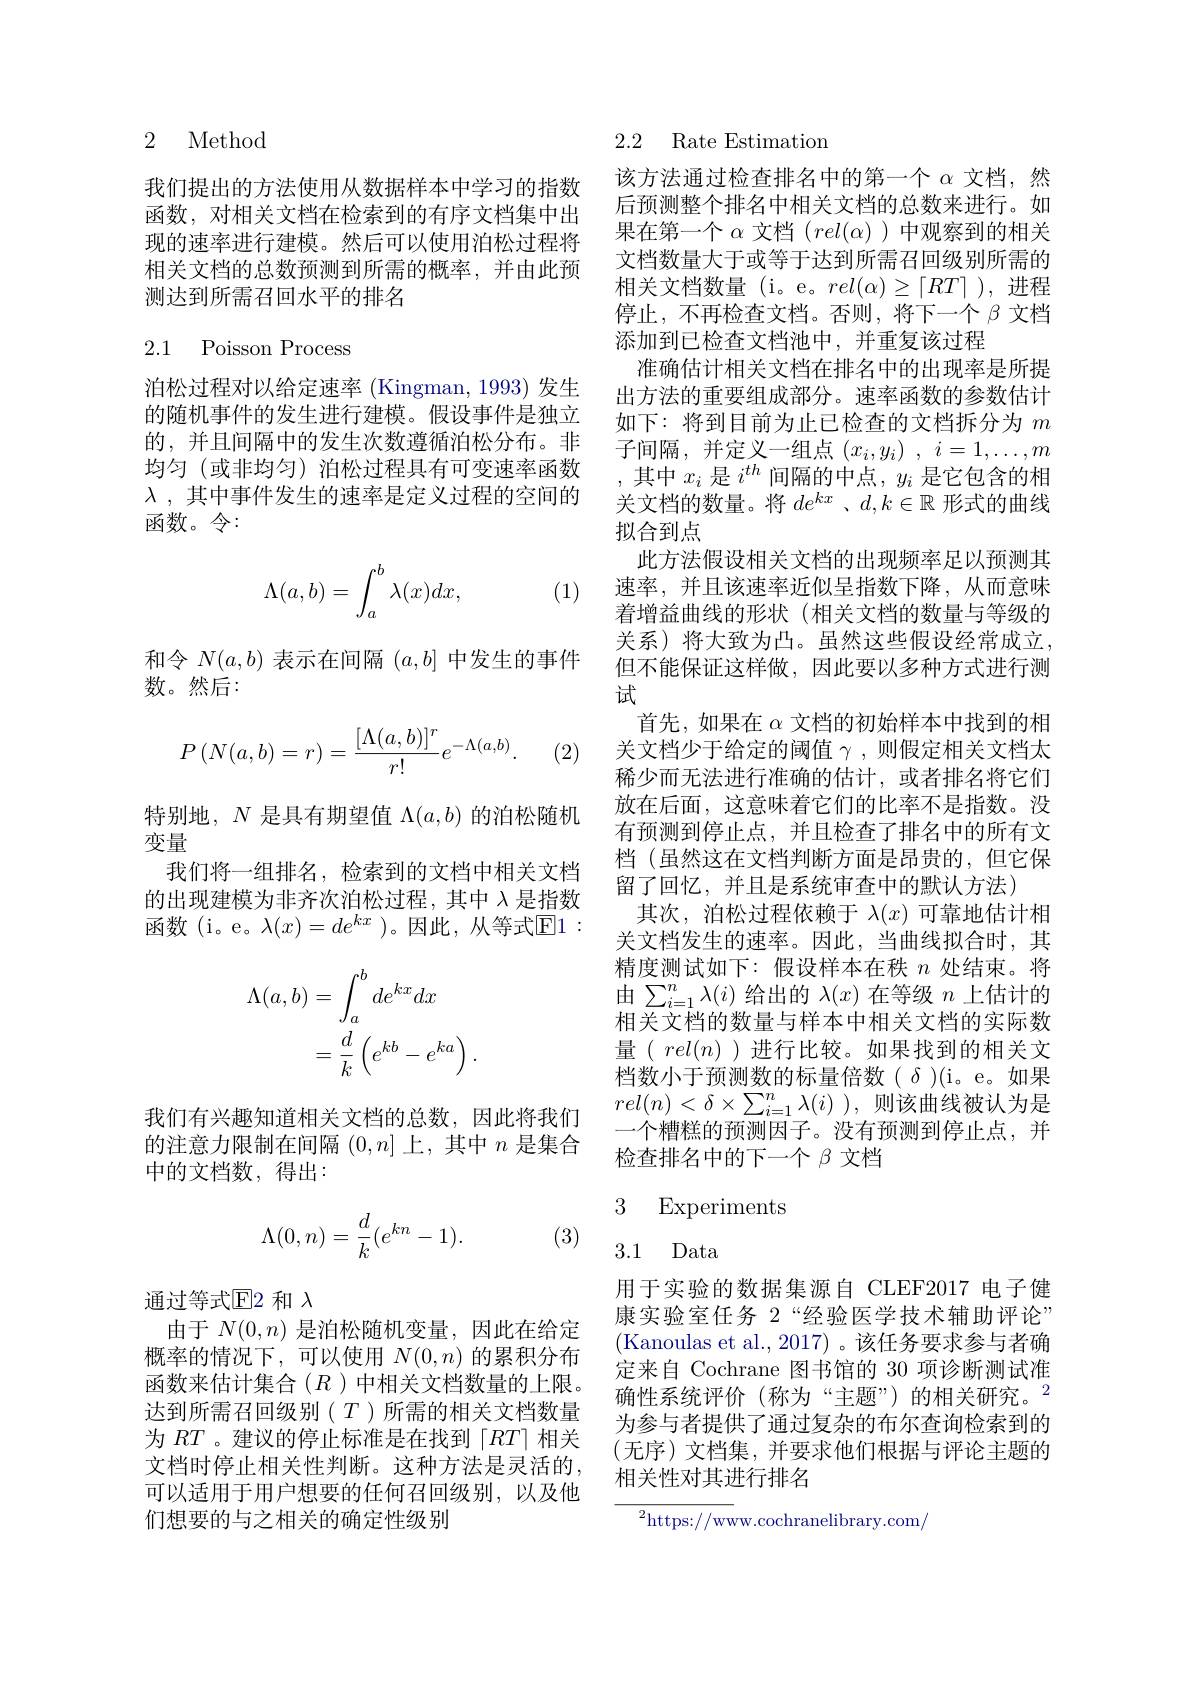
2 Method

我们提出的方法使用从数据样本中学习的指数函数，对相关文档在检索到的有序文档集中出现的速率进行建模。然后可以使用泊松过程将相关文档的总数预测到所需的概率，并由此预测达到所需召回水平的排名

2.1 Poisson Process

泊松过程对以给定速率 (Kingman, 1993) 发生的随机事件的发生进行建模。假设事件是独立的，并且间隔中的发生次数遵循泊松分布。非均匀(或非均匀)泊松过程具有可变速率函数$\lambda$ , 其中事件发生的速率是定义过程的空间的函数。令：
$$\Lambda(a,b)=\int_a^b\lambda(x)dx,$$
(1)

和令$N(a,b)$表示在间隔$(a,b]$中发生的事件
数。然后：
$$P\left(N(a,b)=r\right)=\frac{[\Lambda(a,b)]^r}{r!}e^{-\Lambda(a,b)}.$$
(2)

特别地，$N$是具有期望值$\Lambda(a,b)$的泊松随机
变量
我们将一组排名，检索到的文档中相关文档的出现建模为非齐次泊松过程，其中$\lambda$是指数函数(i。e。$\lambda(x)=de^kx$ )。因此，从等式$\overline{\mathrm{E}}1:$
$$\begin{aligned}\Lambda(a,b)&=\int_{a}^{b}de^{kx}dx\\&=\frac dk\left(e^{kb}-e^{ka}\right).\end{aligned}$$
我们有兴趣知道相关文档的总数，因此将我们的注意力限制在间隔$(0,n]$上，其中$n$是集合中的文档数，得出：
$$\Lambda(0,n)=\frac{d}{k}(e^{kn}-1).$$
(3)

通过等式$\mathbb{E}$2 和 $\lambda$
由于$N(0,n)$是泊松随机变量，因此在给定概率的情况下，可以使用$N(0,n)$的累积分布函数来估计集合($R$)中相关文档数量的上限。达到所需召回级别$(T)$所需的相关文档数量为$RT$ 。建议的停止标准是在找到「$RT|$相关文档时停止相关性判断。这种方法是灵活的， 可以适用于用户想要的任何召回级别，以及他们想要的与之相关的确定性级别

### 2.2 Rate Estimation

该方法通过检查排名中的第一个$\alpha$文档，然后预测整个排名中相关文档的总数来进行。如果在第一个$\alpha$文档$(rel(\alpha))$中观察到的相关文档数量大于或等于达到所需召回级别所需的相关文档数量(i。e。$rel(\alpha)\geq\lceil RT\rceil$),进程停止，不再检查文档。否则，将下一个$\beta$文档添加到已检查文档池中，并重复该过程
准确估计相关文档在排名中的出现率是所提出方法的重要组成部分。速率函数的参数估计如下：将到目前为止已检查的文档拆分为$m$ 子间隔，并定义一组点$( x_i, y_i)$ , $i= 1, \ldots , m$ ,其中$x_i$是$i^{th}$间隔的中点，$y_i$是它包含的相关文档的数量。将$de^kx$、$d,k\in\mathbb{R}$形式的曲线拟合到点
此方法假设相关文档的出现频率足以预测其速率，并且该速率近似呈指数下降，从而意味着增益曲线的形状(相关文档的数量与等级的关系)将大致为凸。虽然这些假设经常成立， 但不能保证这样做，因此要以多种方式进行测试
首先，如果在$\alpha$文档的初始样本中找到的相关文档少于给定的阈值$\gamma$ ,则假定相关文档太稀少而无法进行准确的估计，或者排名将它们放在后面，这意味着它们的比率不是指数。没有预测到停止点，并且检查了排名中的所有文档 (虽然这在文档判断方面是昂贵的，但它保留了回忆，并且是系统审查中的默认方法)
其次，泊松过程依赖于$\lambda(x)$可靠地估计相关文档发生的速率。因此，当曲线拟合时，其精度测试如下：假设样本在秩$n$处结束。将由$\sum_{i=1}^n\lambda(i)$给出的$\lambda(x)$在等级$n$上估计的相关文档的数量与样本中相关文档的实际数量( $rel(n)$ )进行比较。如果找到的相关文档数小于预测数的标量倍数($\delta)(i。e。如果$ $rel( n) < \delta \times \sum _{i= 1}^n\lambda ( i)$ ),则该曲线被认为是一个糟糕的预测因子。没有预测到停止点，并检查排名中的下一个$\beta$文档

## 3 Experiments

3.1 Data

用于实验的数据集源自 CLEF2017 电子健康实验室任务 2“经验医学技术辅助评论” (Kanoulas et al.,2017) 。该任务要求参与者确定来自 Cochrane 图书馆的 30 项诊断测试准确性系统评价(称为“主题”)的相关研究。$^{2}$ 为参与者提供了通过复杂的布尔查询检索到的(无序)文档集，并要求他们根据与评论主题的相关性对其进行排名

${{^{2}\mathrm{https:}//\mathrm{ww}}}$w.cochranelibrary.com/